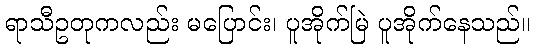
ရာသီဥတုကလည်း မပြောင်း၊ ပူအိုက်မြဲ ပူအိုက်နေသည်။